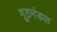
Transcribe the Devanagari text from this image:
गूठमंडल